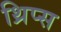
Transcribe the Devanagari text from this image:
थ्रिप्‍स